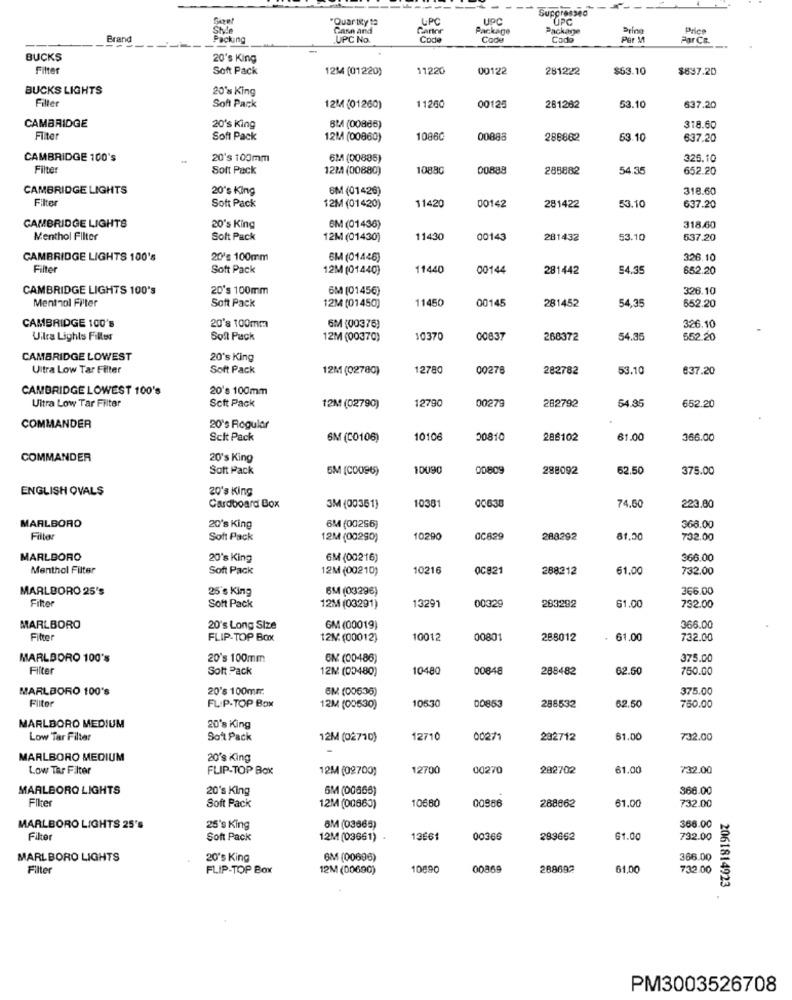
Suppressed
Quartsty ta
LPC
UPC
UPC
Gann and
Package
Package
Pring
Brice
Brand
Packing
UPC No.
Code
Code
Cada
Per M
Par Co.
BUCKS
20's King
Filter
Soft Pack
1214 (01220)
1122
00122
281222
$53.10
$837.20
BUCKS LIGHTS
20's King
Filter
Soft Pack
12M (01260)
11200
00125
281262
53.10
637.20
CAMBRIDGE
20's King
BM (00886)
318.60
Filter
Soft Pack
12M (00860)
10860
00883
286862
63.10
637.20
CAMBRIDGE 100's
20's 100mm
62 (00885
326.10
Filter
Soft Pack
12MA (00880)
10880
00888
285882
54.35
652.20
CAMBRIDGE LIGHTS
20's King
6M (01426)
318.60
Filter
00142
Soft Pack
12M (01420)
11420
281422
53.10
637.20
CAMBRIDGE LIGHTS
20's King
6M (01436)
318.60
Menthol Filter
Soft Pack
12M (01430)
11430
00143
281432
53.10
537.20
CAMBRIDGE LIGHTS 100's
20's 100mm
6M (01446)
326.10
Filte
Soft Pack
12M (01440)
11440
00144
281442
54.35
652.20
CAMBRIDGE LIGHTS 100's
20's 100mm
6M (01456)
326.10
Menthol Filter
11450
00145
281452
54,35
Soft Pack
12M (01450)
652.20
CAMBRIDGE 100's
20's 100mm
6M (00376)
326.10
Uitra Lights Filles
Soft Pack
12M (00370)
10370
00837
268372
54.35
552.20
CAMBRIDGE LOWEST
20's King
Ultra Low Tar Filter
Soft Pack
12M (02780)
12780
00278
282782
53.10
637.20
CAMBRIDGE LOWEST 100's
20's 100mm
Soft Pack
12790
00279
Ultra Low Tar Filter
12M(02790)
282792
54.85
652.20
COMMANDER
20's Rogular
Scit Pack
SM (C0106)
10106
00810
288102
61.00
366.00
COMMANDER
20's King
Sott Pack
5M (C0096)
10090
00809
288092
62.50
375.00
ENGLISH OVALS
20's King
10381
00638
Cardboard Box
3M (00351)
74.60
223.00
MARLBORO
20's King
6M (00256)
368.00
Filter
Soft Pack
12M (00290)
10290
0C829
288292
81.50
732.00
MARLBORO
20's King
6M(00216)
366.00
Menthol Filter
Soft Pack
12M (00210)
10216
0C821
288212
61.00
732.00
MARLBORO 25's
25's King
6M (03296)
366.00
Filter
283292
Soft Pack
12M (03291)
13291
00329
61.00
732.00
MARLBORO
20's Long Size
GM (00019)
366.00
Filter
FLIP-TOP BOX
12M(00012)
10012
00801
288012
. 61.00
732.00
MARLBORO 100's
20's 100mm
ON (00486)
375.00
Filter
Solt Pack
12M (00480)
10480
00848
288482
62.5
750.00
MARLBORO 100's
20's 100mm
6M (00636)
375.00
Filter
105:30
FLIP-TOP Box
12M (00530)
00853
288532
62.50
750.00
MARLBORO MEDIUM
20's King
Low Tar Filter
Soit Pack
12M (02710)
12710
00271
282712
$1.00
732.00
MARLBORO MEDIUM
20's King
Low Tar Filter
FLIP-TOP Box
12M (02700)
12700
00270
282702
61.00
732.00
MARLBORO LIGHTS
20's King
6M (00666)
366.00
Filter
10680
00986
288662
61.00
732.00
Soft Pack
12M (00663)
MARLBORO LIGHTS 25's
25's King
8M (03665)
366.00
Filter
Soft Pack
12M (03661)
19661
00366
283662
61.00
732.00
MARLBORO LIGHTS
20's King
6M (00696)
366.00
Filter
FLIP-TOP Box
12M (00690)
10890
00869
288692
61.00
732.00
2061814923
PM3003526708